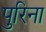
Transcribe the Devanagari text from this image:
पुरिना